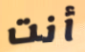
أنت